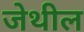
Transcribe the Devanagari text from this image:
जेथील